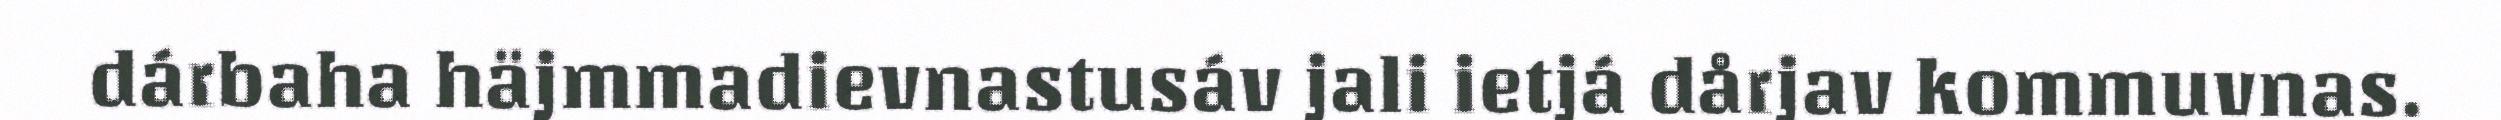
dárbaha häjmmadievnastusáv jali ietjá dårjav kommuvnas.